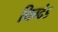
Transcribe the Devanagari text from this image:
धिग्दंड